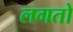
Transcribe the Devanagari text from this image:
लगतो